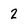
Character: 2